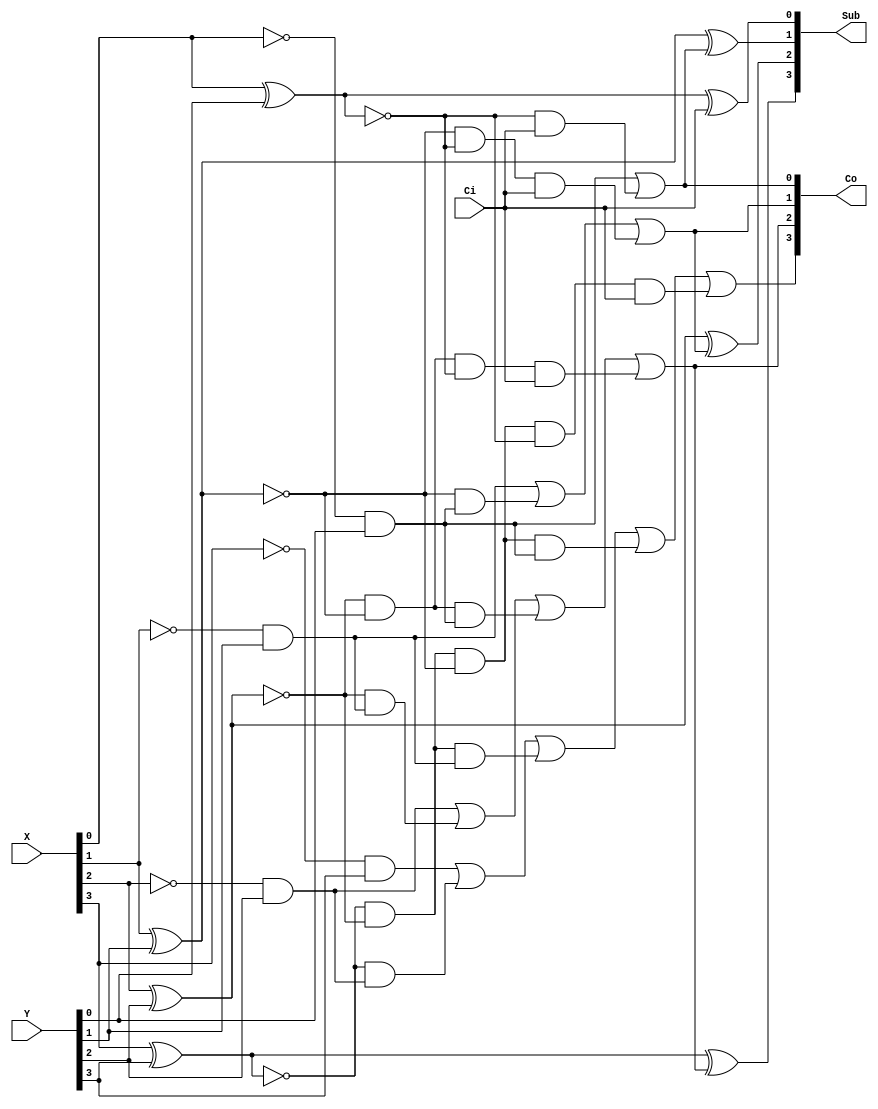
//Carry look ahead adder module-4bits(CLA 4 bits)
//thuat toan lam giam thoi gian truyen delay vi co nho ngo ra Co khong bi phu thuoc vao co nho ngo vao Ci truoc do nhu thong thuong
//ma ta tinh truc tiep tu 2 so ngo vao 
//Phep tinh X-Y
//Giai thuat: Gi=Xi&Yi
//			  Pi=Xi xnor Yi
//			  Ci=Gi+PiCi-1 (C-1=Cin)
//			  Subi=Xi xor Yi xor Ci-1

//--------------------------------------------------------------------------------------------------------------------------------------------
module Sub(X, Y, Ci, Co, Sub);
	input [3:0] X, Y; //ngo vao hai so 4 bits
	input Ci; //co nho ngo vao
	output [3:0] Sub;//ngo ra 4 bits
	output [3:0] Co; //co nho ngo ra
	wire [3:0] Pi, Gi; //lan luot la carry propagate va carry generate
	
	//tinh gia tri tai Sum[0]
	not not1(tepmnot1, X[0]);
	and and1(Gi[0], tepmnot1, Y[0]);
	xnor xor1(Pi[0], X[0], Y[0]);
	and and2(temp1, Pi[0], Ci); 
	or or1(Co[0], Gi[0], temp1);
	xor xor100(temp100, X[0], Y[0]);
	xor xor101(Sub[0], temp100, Ci);
	

	
	//tinh gia tri tai Sum[1]
	not not2(tempnot2, X[1]);
	and and3(Gi[1], tempnot2, Y[1]);
	xnor xor3(Pi[1], X[1], Y[1]);
	and and4(temp2, Pi[1], Gi[0]);
	and and5(temp3, Pi[1], Pi[0], Ci);
	or or2(Co[1], Gi[1], temp2, temp3);
	xor xor102(temp102, X[1], Y[1]);
	xor xor103(Sub[1], temp102, Co[0]);
	
	
	
	
	//tinh gia tri tai Sum[2]
	not not3(tempnot3, X[2]);
	and and6(Gi[2], tempnot3, Y[2]);
	xnor xor5(Pi[2], X[2], Y[2]);
	and and7(temp4, Pi[2], Gi[1]);
	and and8(temp5, Pi[2], Pi[1], Gi[0]);
	and and9(temp6, Pi[2], Pi[1], Pi[0], Ci);
	or or3(Co[2], Gi[2], temp4, temp5, temp6);
	xor xor104(temp104, X[2], Y[2]);
	xor xor105(Sub[2], temp104, Co[1]);

	
	//tinh gia tri tai Sum[3]
	not not4(tempnot4,X[3]);
	and and10(Gi[3], tempnot4, Y[3]);
	xnor xor7(Pi[3], X[3], Y[3]);
	and and11(temp7, Pi[3], Gi[2]);
	and and12(temp8, Pi[3], Pi[2], Gi[1]);
	and and13(temp9, Pi[3], Pi[2], Pi[1], Gi[0]);
	and and14(temp10,Pi[3], Pi[2], Pi[1], Pi[0], Ci);
	or or4(Co[3], Gi[3], temp7, temp8, temp9, temp10);
	xor xor106(temp106, X[3], Y[3]);
	xor xor107(Sub[3], temp106, Co[2]);

endmodule